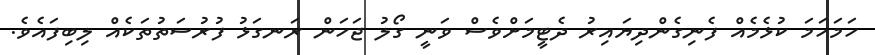
ހަމަހަމަ ކުޅެމެއް ފެނިގެންދިޔައިރު ދެޓީމަށްވެސް ވަނީ ގޯލު ޖަހަން ރަނގަޅު ފުރުސަތުތަކެއް ލިބިފައެވެ.